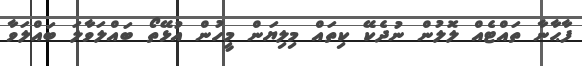
ފާޙާނާ ތައްޓެއް ލޮލުން ނުދެކޭ ކިތައް މިލިޔަން މީހުން އުޅޭތޯ ބައްލަވާލަ ބައްލަވާ